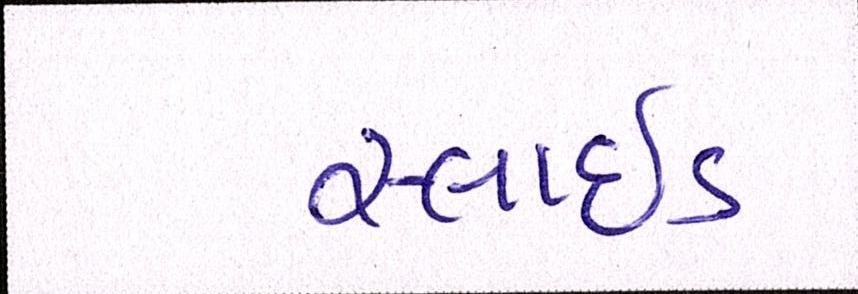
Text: સ્લાઇડ